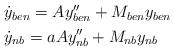
LaTeX: \begin{align*} \begin{aligned} & \dot y_{ben}=Ay''_{ben} +M_{ben}y_{ben} \\ & \dot y_{nb}=aAy''_{nb} +M_{nb}y_{nb}\end{aligned}\end{align*}